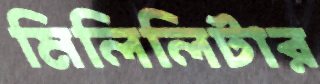
মিলিলিটার